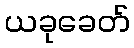
ယခုခေတ်